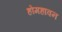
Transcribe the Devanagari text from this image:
होमहावन